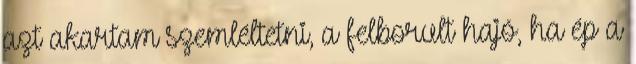
azt akartam szemléltetni, a felborult hajó, ha ép a